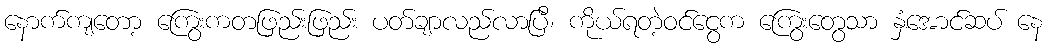
နောက်ကျတော့ ကြွေးကတဖြည်းဖြည်း ပတ်ချာလည်လာပြီ၊ ကိုယ်ရတဲ့ဝင်ငွေက ကြွေးတွေသာ နှံအောင်ဆပ် နေ